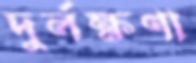
দুর্লক্ষণা